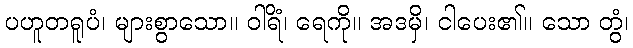
ပဟူတရူပံ၊ များစွာသော။ ဝါရိံ၊ ရေကို။ အဒမှိ၊ ငါပေး၏။ သော တွံ၊